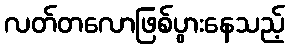
လတ်တလောဖြစ်ပွားနေသည့်